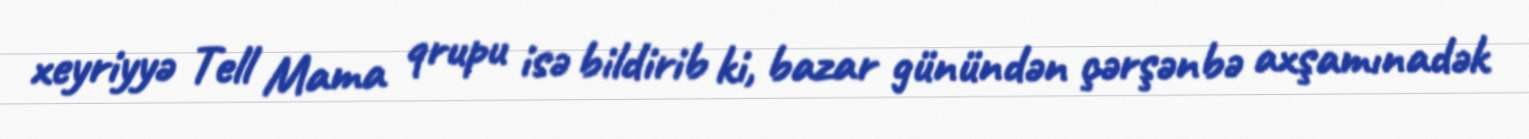
xeyriyyə Tell Mama qrupu isə bildirib ki, bazar günündən çərşənbə axşamınadək